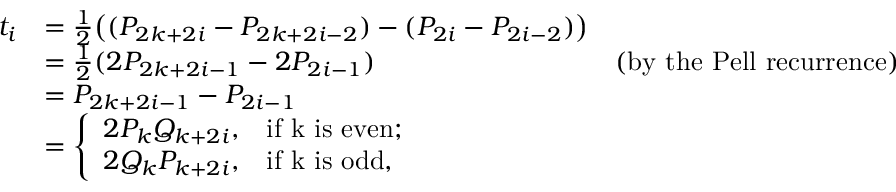
\begin{array} { r l r } { t _ { i } } & { = \frac { 1 } { 2 } \bigl ( ( P _ { 2 k + 2 i } - P _ { 2 k + 2 i - 2 } ) - ( P _ { 2 i } - P _ { 2 i - 2 } ) \bigr ) } \\ & { = \frac { 1 } { 2 } ( 2 P _ { 2 k + 2 i - 1 } - 2 P _ { 2 i - 1 } ) } & { \mathrm { ( b y ~ t h e ~ P e l l ~ r e c u r r e n c e ) } } \\ & { = P _ { 2 k + 2 i - 1 } - P _ { 2 i - 1 } } \\ & { = \left\{ \begin{array} { l l } { 2 P _ { k } Q _ { k + 2 i } , } & { \mathrm { i f ~ k ~ i s ~ e v e n } ; } \\ { 2 Q _ { k } P _ { k + 2 i } , } & { \mathrm { i f ~ k ~ i s ~ o d d } , } \end{array} \right. } \end{array}